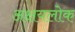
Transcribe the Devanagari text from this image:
अक्षयलोक